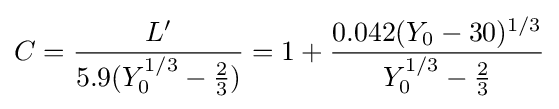
C={\frac {L'}{5.9(Y_{0}^{1/3}-{\frac {2}{3}})}}=1+{\frac {0.042(Y_{0}-30)^{1/3}}{Y_{0}^{1/3}-{\frac {2}{3}}}}